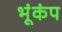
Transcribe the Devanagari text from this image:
भूंकंप